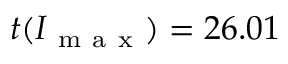
t ( I _ { \mathrm { ~ m ~ a ~ x ~ } } ) = 2 6 . 0 1